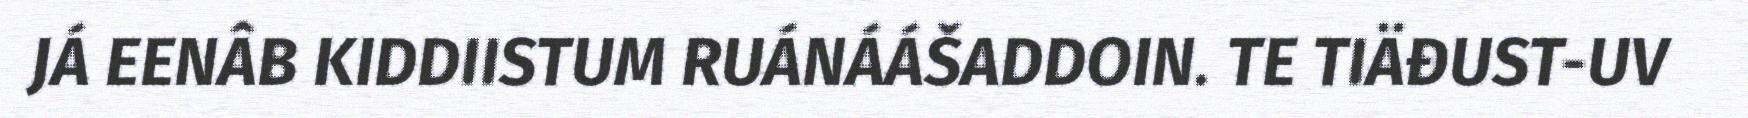
JÁ EENÂB KIDDIISTUM RUÁNÁÁŠADDOIN. TE TIÄĐUST-UV